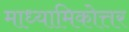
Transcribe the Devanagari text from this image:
माध्यामिकोत्तर